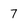
Character: 7